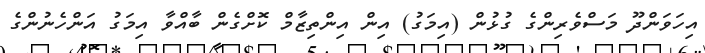
އިހަވަންދޫ މަސްވެރިންގެ ގުޅުން (އިމަގު) އިން އިންތިޒާމް ކޮށްގެން ބާއްވާ އިމަގު އަންހެނުންގެ